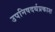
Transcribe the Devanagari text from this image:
उपनिषदर्थप्रकाश